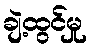
ချဲ့ထွင်မှု